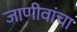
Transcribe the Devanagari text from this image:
जाणीवांचा